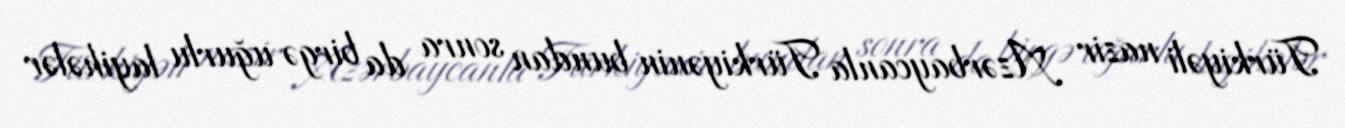
Türkiyəli nazir Azərbaycanla Türkiyənin bundan sonra da birgə uğurlu layihələr